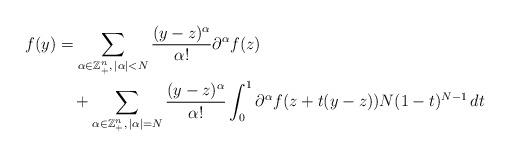
LaTeX: \begin{align*}f(y)&=\sum_{\alpha\in\mathbb{Z}_+^n,\,|\alpha|<N}\frac{(y-z)^\alpha}{\alpha!}\partial^\alpha f(z)\\&\quad+\sum_{\alpha\in\mathbb{Z}_+^n,\,|\alpha|=N}\frac{(y-z)^\alpha}{\alpha!}\int_0^1\partial^\alpha f(z+t(y-z))N(1-t)^{N-1}\,dt\end{align*}